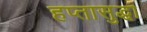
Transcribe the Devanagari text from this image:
हप्तासुद्धा